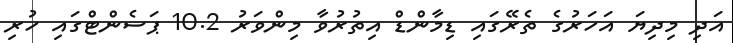
އަދި މިދިޔަ އަހަރުގެ ތެރޭގައި ޑިމާންޑް އިތުރުވާ މިންވަރު 10.2 ޕަސެންޓްގައި ހުރި